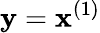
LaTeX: \mathbf{y}=\mathbf{x}^{(1)}